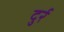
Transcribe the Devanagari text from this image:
दुर्र